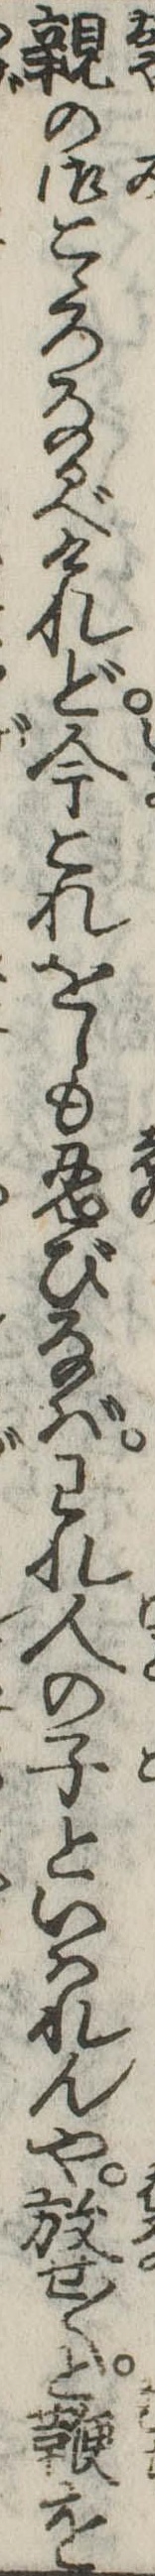
親の御こゝろなるべけれど今これをしも忍びなばわれ人の子といはれんや放せ〱と鞭を